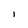
Character: l